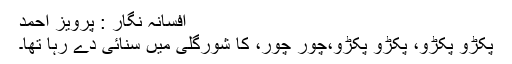
افسانہ نگار : پرویز احمد
پکڑو پکڑو، پکڑو پکڑو،چور چور، کا شورگلی میں سنائی دے رہا تھا۔